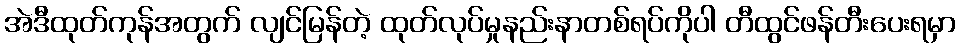
အဲဒီထုတ်ကုန်အတွက် လျင်မြန်တဲ့ ထုတ်လုပ်မှုနည်းနာတစ်ရပ်ကိုပါ တီထွင်ဖန်တီးပေးရမှာ